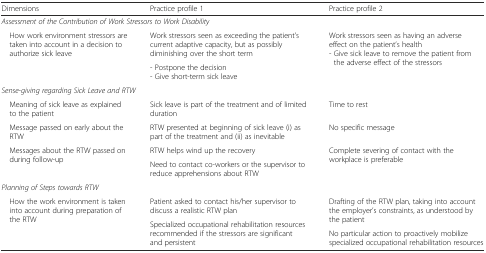
| Dimensions | Practice profile 1 | Practice profile 2 |
 | --- | --- | --- |
 | <COLSPAN=3> Assessment of the Contribution of Work Stressors to Work Disability |
 | <ROWSPAN=2> How work environment stressors are taken into account in a decision to authorize sick leave | Work stressors seen as exceeding the patient’s current adaptive capacity, but as possibly diminishing over the short term | <ROWSPAN=2> Work stressors seen as having an adverse effect on the patient’s health- Give sick leave to remove the patient from the adverse effect of the stressors |
 | - Postpone the decision- Give short-term sick leave |
 | <COLSPAN=3> Sense-giving regarding Sick Leave and RTW |
 | Meaning of sick leave as explained to the patient | Sick leave is part of the treatment and of limited duration | Time to rest |
 | Message passed on early about the RTW | RTW presented at beginning of sick leave (i) as part of the treatment and (ii) as inevitable | No specific message |
 | <ROWSPAN=2> Messages about the RTW passed on during follow-up | RTW helps wind up the recovery | <ROWSPAN=2> Complete severing of contact with the workplace is preferable |
 | Need to contact co-workers or the supervisor to reduce apprehensions about RTW |
 | <COLSPAN=3> Planning of Steps towards RTW |
 | <ROWSPAN=3> How the work environment is taken into account during preparation of the RTW | Patient asked to contact his/her supervisor to discuss a realistic RTW plan | <ROWSPAN=2> Drafting of the RTW plan, taking into account the employer’s constraints, as understood by the patient |
 | <ROWSPAN=2> Specialized occupational rehabilitation resources recommended if the stressors are significant and persistent |
 | No particular action to proactively mobilize specialized occupational rehabilitation resources |